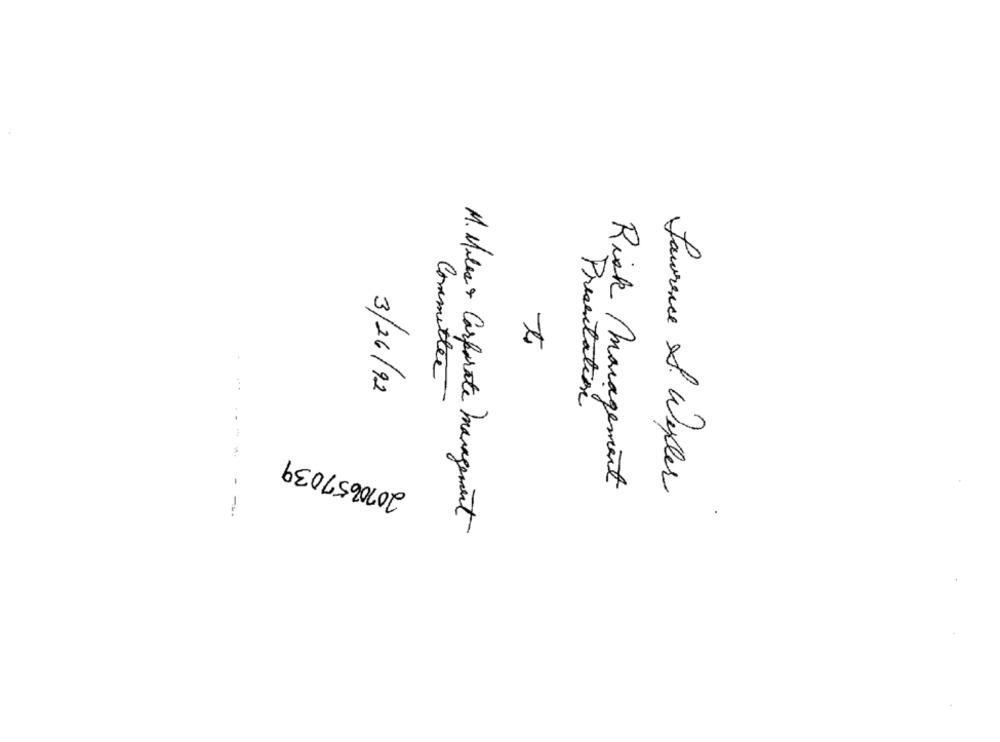
Committee
3/26/92
Presentation
2070657039
-
Risk Management
Laurence J. Wyler
---
M. Miles & Corporate management